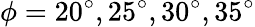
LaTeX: \phi=20^{\circ},25^{\circ},30^{\circ},35^{\circ}